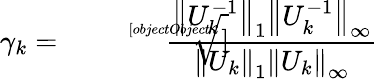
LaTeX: \gamma_{k}={\sqrt[[objectObject]]{\frac{\left\| U_{k}^{-1}\right\| _{1}\left\| U_{k}^{-1}\right\| _{\infty}}{\left\| U_{k}\right\| _{1}\left\| U_{k}\right\| _{\infty}}}}